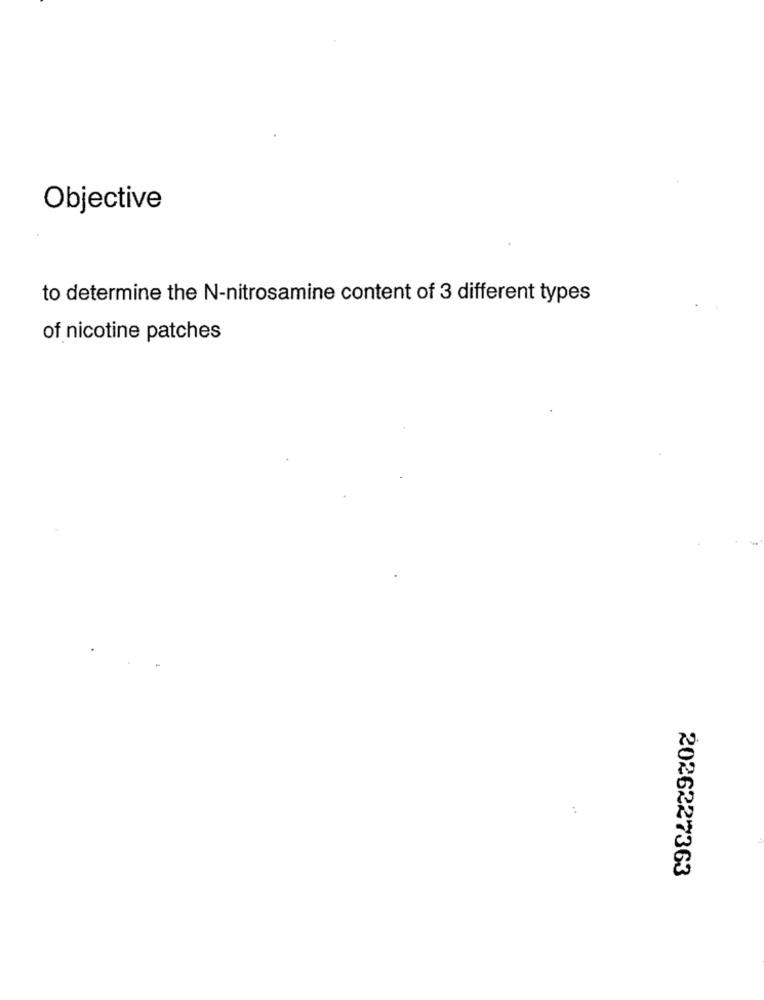
Objective
to determine the N-nitrosamine content of 3 different types
of nicotine patches
2026227363